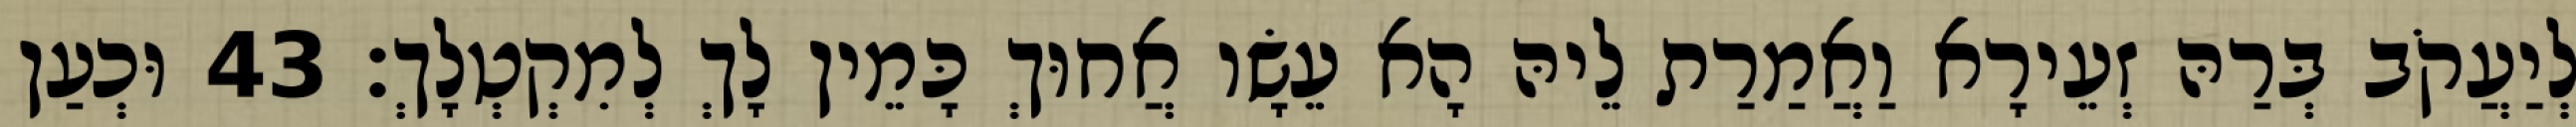
לְיַעֲקֹב בְּרַהּ זְעֵירָא וַאֲמַרַת לֵיהּ הָא עֵשָׂו אֲחוּךְ כָּמֵין לָךְ לְמִקְטְלָךְ׃ 43 וּכְעַן